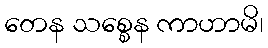
တေန သစ္စေန ကာဟာမိ၊